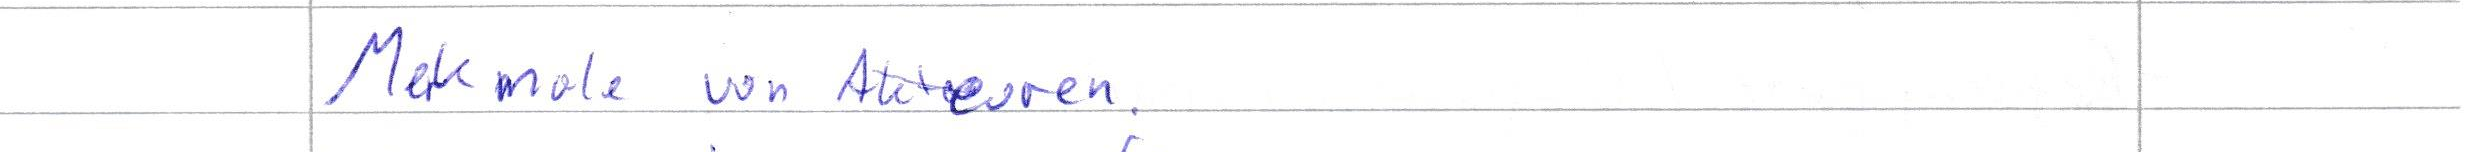
Merkmale von Akteuren